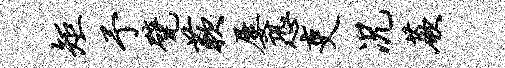
矩予甓蔌屡恐吏况蕨